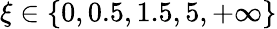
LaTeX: \xi\in\{ 0,0.5,1.5,5,+\infty\}